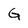
Character: G